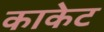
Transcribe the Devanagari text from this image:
काकेट